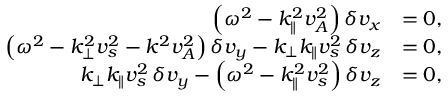
\begin{array} { r l } { \left( \omega ^ { 2 } - k _ { \parallel } ^ { 2 } v _ { A } ^ { 2 } \right) \delta v _ { x } } & { = 0 , } \\ { \left( \omega ^ { 2 } - k _ { \perp } ^ { 2 } v _ { s } ^ { 2 } - k ^ { 2 } v _ { A } ^ { 2 } \right) \delta v _ { y } - k _ { \perp } k _ { \parallel } v _ { s } ^ { 2 } \, \delta v _ { z } } & { = 0 , } \\ { k _ { \perp } k _ { \parallel } v _ { s } ^ { 2 } \, \delta v _ { y } - \left( \omega ^ { 2 } - k _ { \parallel } ^ { 2 } v _ { s } ^ { 2 } \right) \delta v _ { z } } & { = 0 , } \end{array}